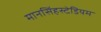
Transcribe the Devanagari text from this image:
मानसिंहस्टेडियम